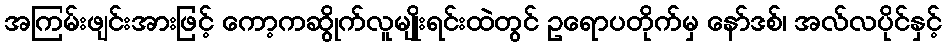
အကြမ်းဖျင်းအားဖြင့် ကော့ကဆွိုက်လူမျိုးရင်းထဲတွင် ဥရောပတိုက်မှ နော်ဒစ်၊ အလ်လပိုင်နှင့်